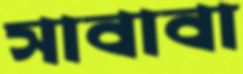
সাবাবা